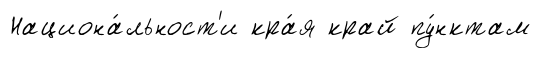
Национа́льност'и кра́я край пу́нктам